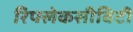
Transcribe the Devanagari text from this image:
रिफ्लेकसीविटी